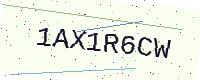
Text: 1AX1R6CW